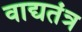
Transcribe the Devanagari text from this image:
वाद्यतंत्र